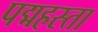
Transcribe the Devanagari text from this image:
पद्महस्ता